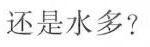
还是水多？